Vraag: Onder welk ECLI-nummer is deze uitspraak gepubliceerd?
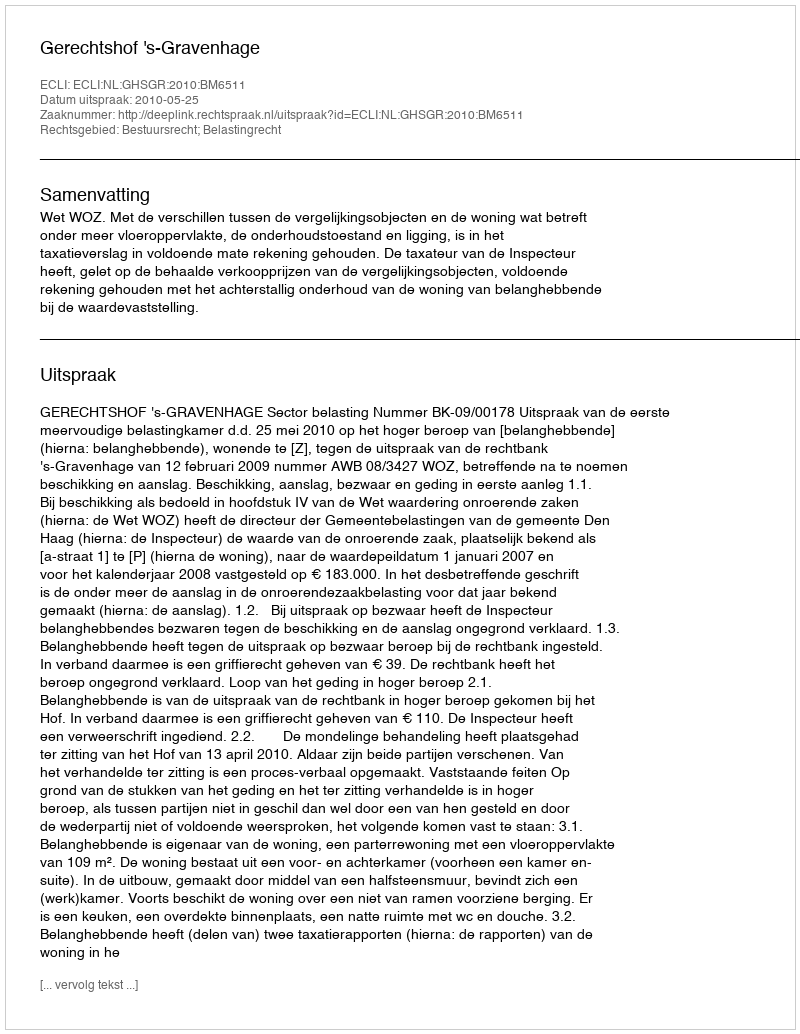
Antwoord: ECLI:NL:GHSGR:2010:BM6511